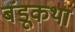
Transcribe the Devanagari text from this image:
बंडूकथा